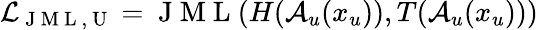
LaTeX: \mathcal{L}_{\mathrm{~J~M~L~,~U~}}=\mathrm{~J~M~L~}(H(\mathcal{A}_{u}(x_{u})),T(\mathcal{A}_{u}(x_{u})))